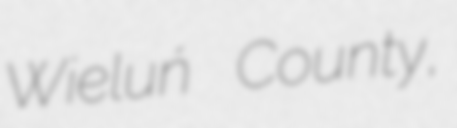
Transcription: Wieluń County,